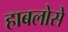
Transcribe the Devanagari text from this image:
हाबलोसे